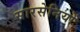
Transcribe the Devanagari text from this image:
सारसेनियों